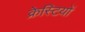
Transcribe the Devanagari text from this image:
क्रेस्टियों